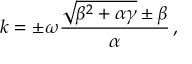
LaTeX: k = \pm \omega \frac { \sqrt { \beta ^ { 2 } + \alpha \gamma } \pm \beta } { \alpha } \, ,